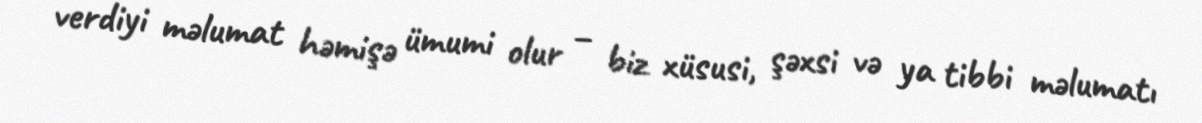
verdiyi məlumat həmişə ümumi olur – biz xüsusi, şəxsi və ya tibbi məlumatı